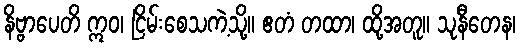
နိဗ္ဗာပေတိ ဣဝ၊ ငြိမ်းစေသကဲ့သို့။ ဧတံ တထာ၊ ထို့အတူ။ သုနီတေန၊